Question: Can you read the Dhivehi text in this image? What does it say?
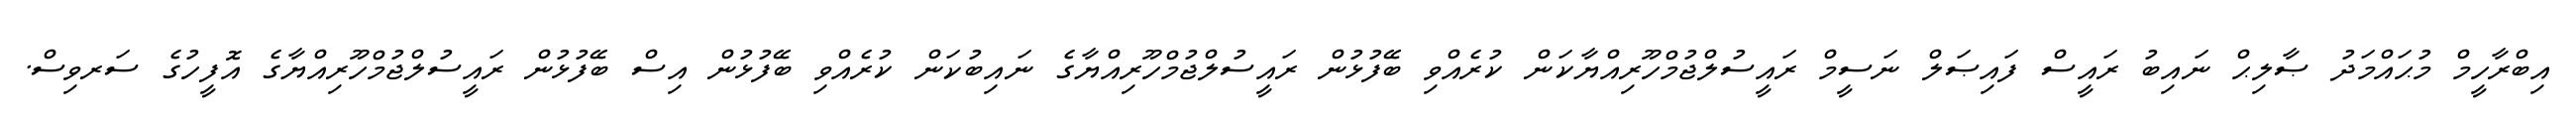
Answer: އިބްރާހީމް މުޙައްމަދު ޞާލިޙް ނައިބު ރައީސް ފައިޞަލް ނަސީމް ރައީސުލްޖުމްހޫރިއްޔާކަން ކުރެއްވި ބޭފުޅުން ރައީސުލްޖުމްހޫރިއްޔާގެ ނައިބުކަން ކުރެއްވި ބޭފުޅުން އިސް ބޭފުޅުން ރައީސުލްޖުމްހޫރިއްޔާގެ އޮފީހުގެ ސަރވިސް.